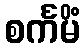
စင်္ကမိံ